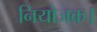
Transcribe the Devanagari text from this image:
नियोजक।